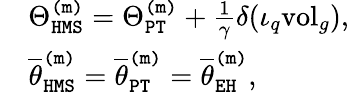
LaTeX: \begin{array}{rl}&{\Theta_{\mathtt{HMS}}^{\mathtt{(m)}}=\Theta_{\mathtt{PT}}^{\mathtt{(m)}}+\frac{1}{\gamma}\delta(\iota_{q}\mathrm{vol}_{g}),}\\ &{\overline{{\theta}}_{\mathtt{HMS}}^{\mathtt{(m)}}=\overline{{\theta}}_{\mathtt{PT}}^{\mathtt{(m)}}=\overline{{\theta}}_{\mathtt{EH}}^{\mathtt{(m)}},}\end{array}